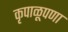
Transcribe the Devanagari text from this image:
कृपाळूपणा